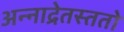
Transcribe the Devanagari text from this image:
अन्नाद्रेतस्ततो